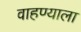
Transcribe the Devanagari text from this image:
वाहण्याला